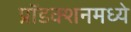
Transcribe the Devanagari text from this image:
प्रॉडक्शनमध्ये